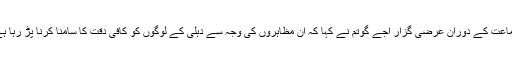
سماعت کے دوران عرضی گزار اجے گوتم نے کہا کہ ان مظاہروں کی وجہ سے دہلی کے لوگوں کو کافی دقت کا سامنا کرنا پڑ رہا ہے۔